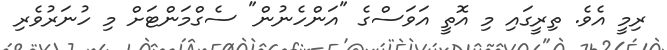
ރިމީ އެވެ. ތިރީގައި މި އޮތީ އަވަސްގެ "އަންހެނުން" ސެގްމަންޓަށް މި ހުނަރުވެރި